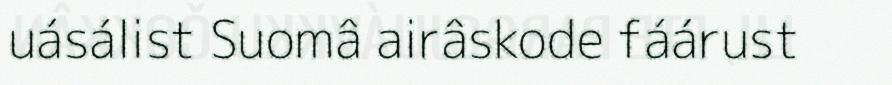
uásálist Suomâ airâskode fáárust